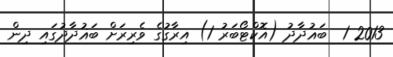
2013 1  ބަޣުދާދު (އޮކްޓޯބަރު 1) އިރާގުގެ ވެރިރަށް ބަޣުދާދުގައި ދިން